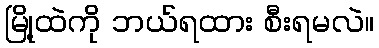
မြို့ထဲကို ဘယ်ရထား စီးရမလဲ။